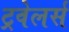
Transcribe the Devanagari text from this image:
ट्रवेलर्स